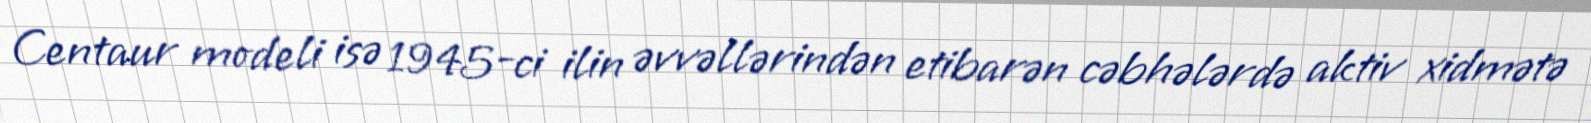
Centaur modeli isə 1945-ci ilin əvvəllərindən etibarən cəbhələrdə aktiv xidmətə